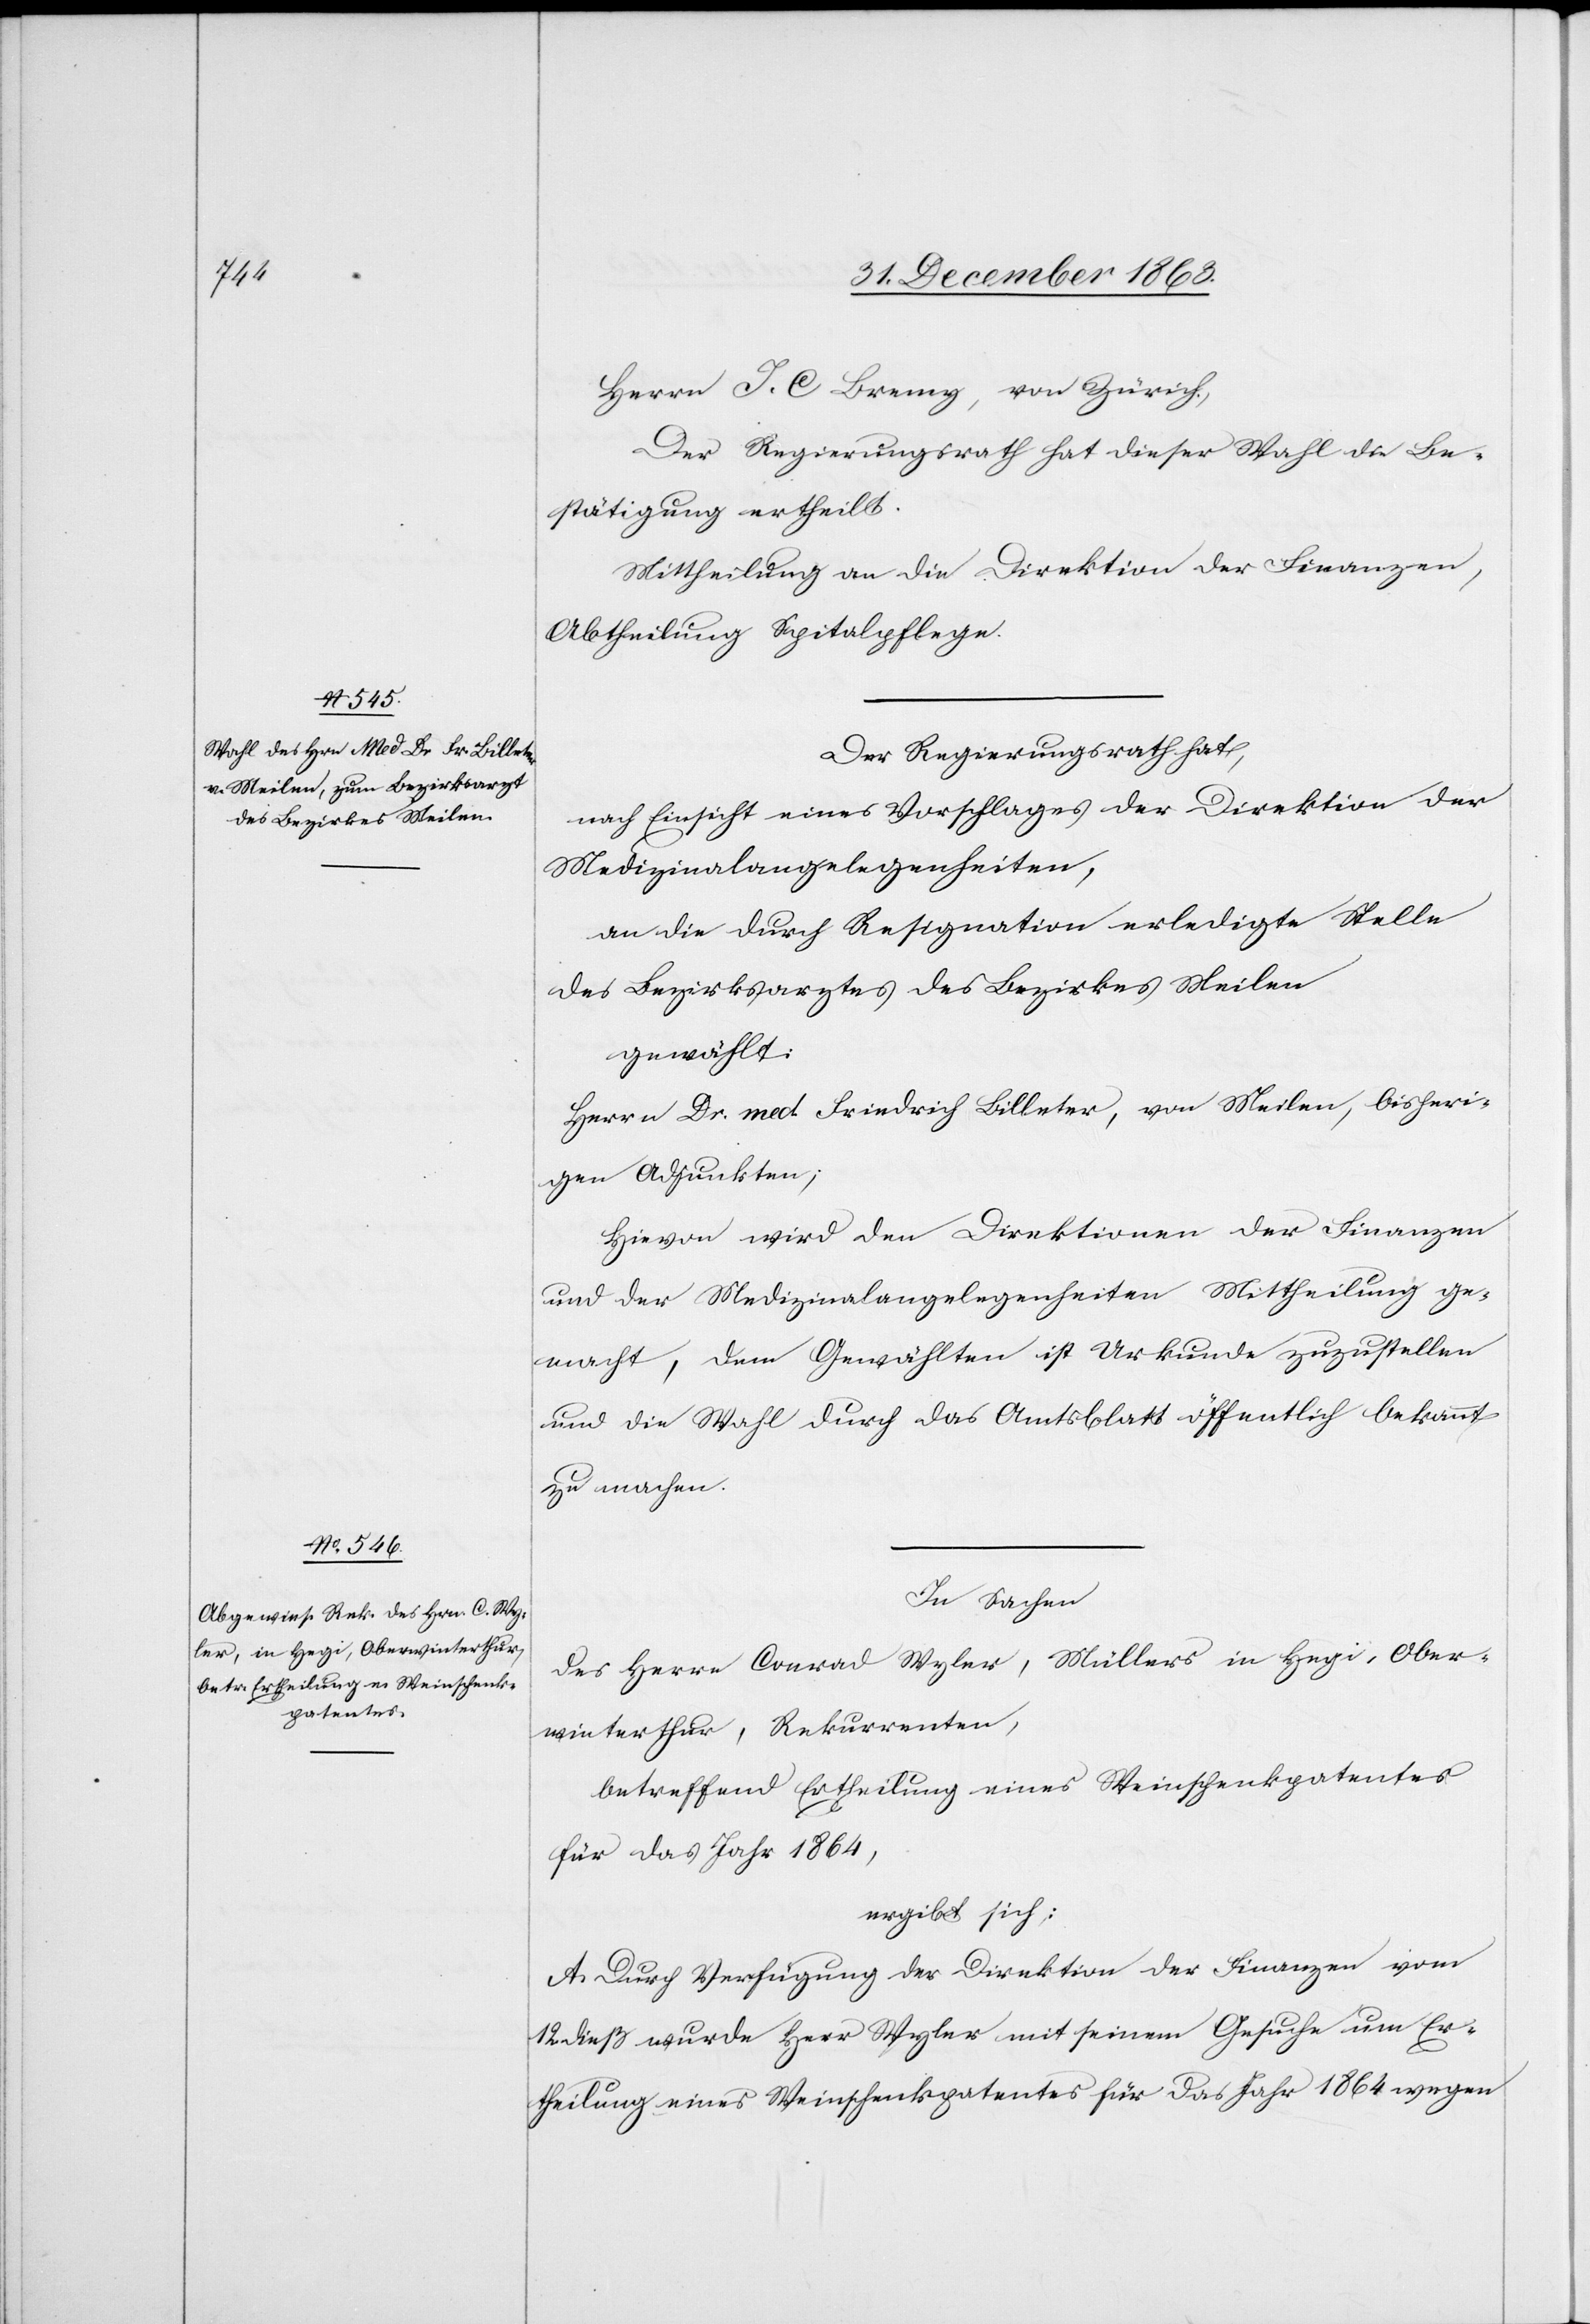
Herrn J. C Bremy, von Zürich,
Der Regierungsrath hat dieser Wahl die Be¬
stätigung ertheilt.
Mittheilung an die Direktion der Finanzen,
Abtheilung Spitalpflege.
Der Regierungsrath hat,
nach Einsicht eines Vorschlages der Direktion der
Medizinalangelegenheiten,
an die durch Resignation erledigte Stelle
des Bezirksarztes des Bezirkes Meilen
gewählt:
Herrn Dr. med. Friedrich Billeter, von Meilen, bisheri¬
gen Adjunkten;
Hievon wird den Direktionen der Finanzen
und der Medizinalangelegenheiten Mittheilung ge¬
macht, dem Gewählten ist Urkunde zuzustellen
und die Wahl durch das Amtsblatt öffentlich bekannt
zu machen.
In Sachen
des Herrn Conrad Wyler, Müllers in Hegi, Ober¬
winterthur, Rekurrenten,
betreffend Ertheilung eines Weinschenkpatentes
für das Jahr 1864,
ergibt sich:
A. Durch Verfügung der Direktion der Finanzen vom
12. dieß wurde Herr Wyler mit seinem Gesuche um Er¬
theilung eines Weinschenkpatentes für das Jahr 1864 wegen